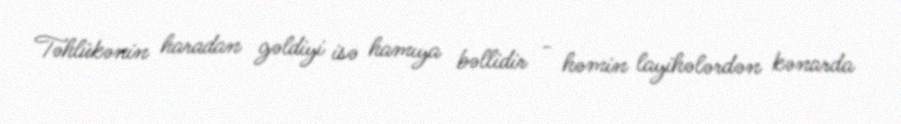
Təhlükənin haradan gəldiyi isə hamıya bəllidir - həmin layihələrdən kənarda